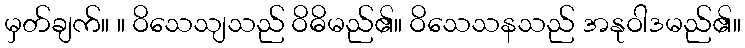
မှတ်ချက်။ ။ ဝိသေသျသည် ဝိဓိမည်၏။ ဝိသေသနသည် အနုဝါဒမည်၏။